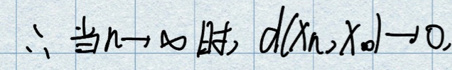
\(\therefore \text{\)当\(}n\to \infty\text{\)时}，\(d(x_n,x_0)\to 0.\)